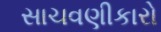
સાચવણીકારો